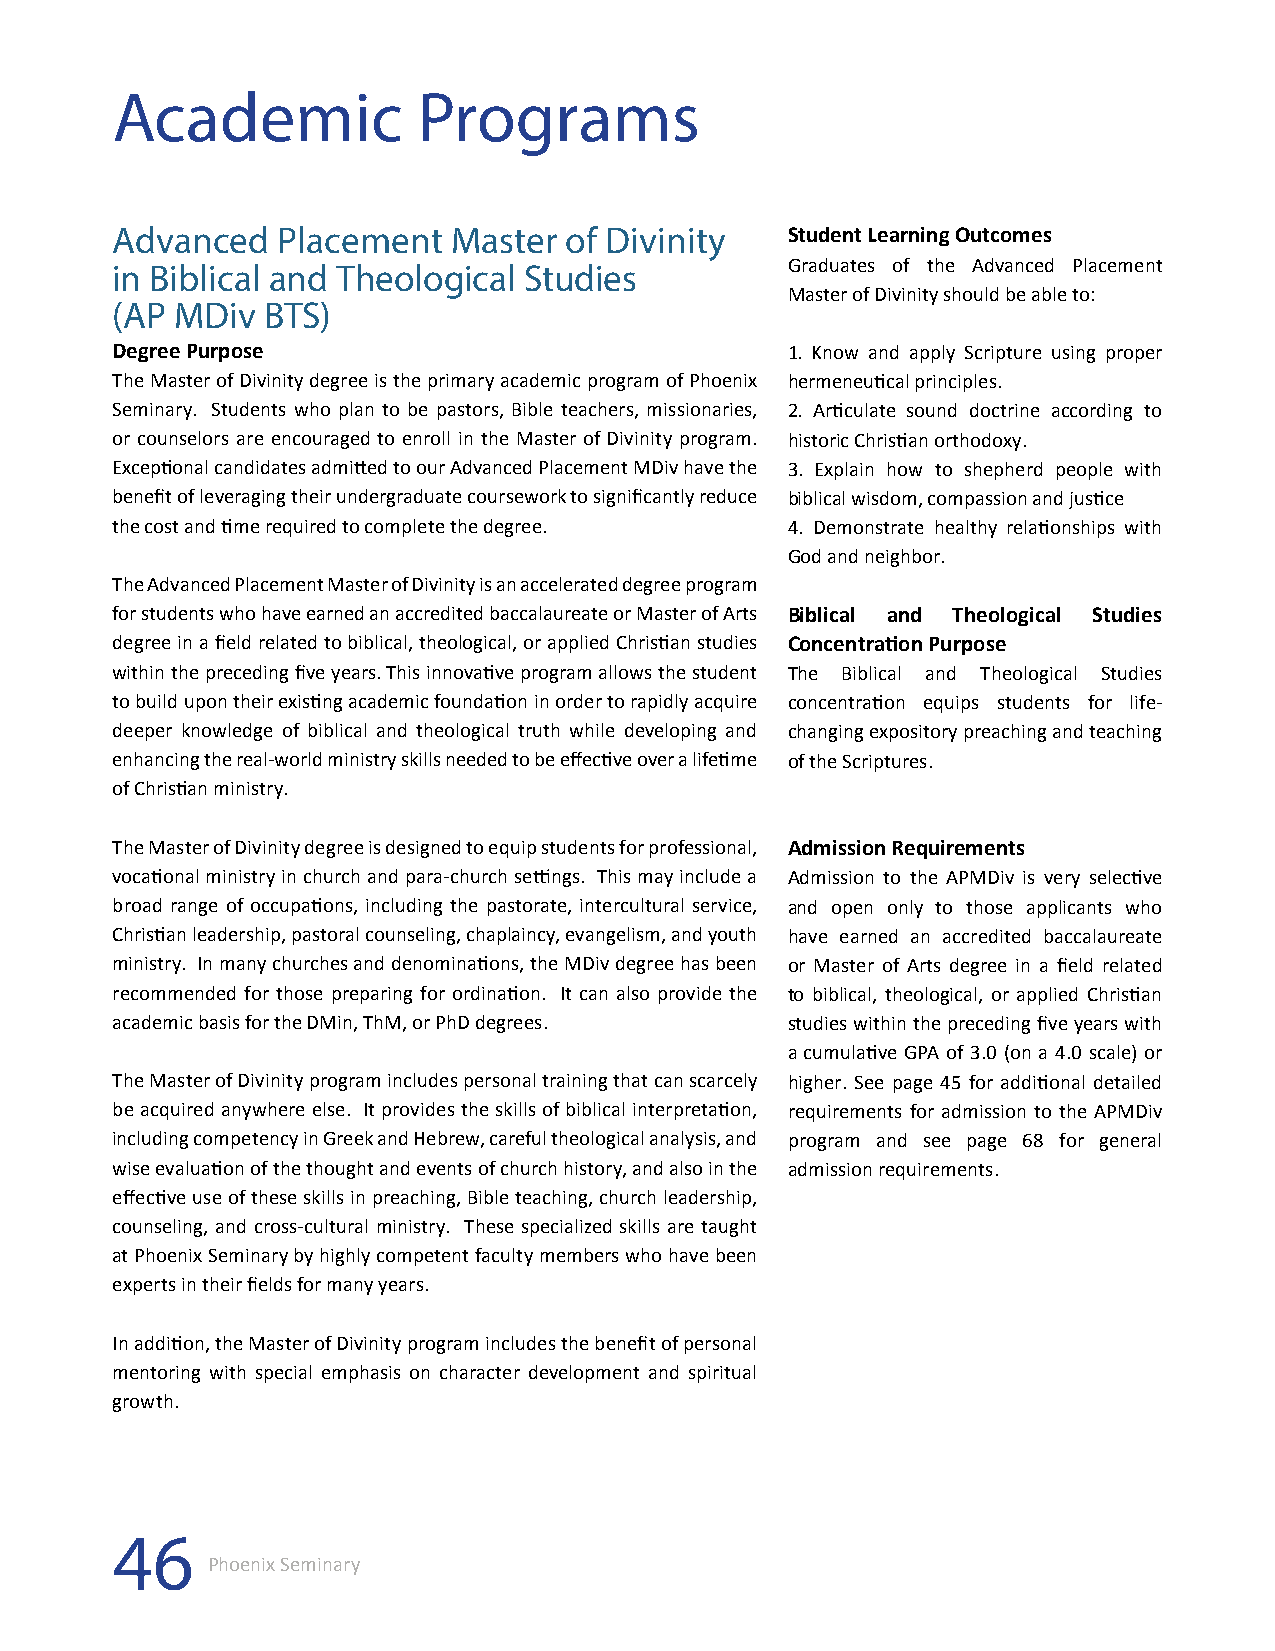
Academic             Programs
 Advanced   Placement   Master of Divinity    Student Learning Outcomes
 in Biblical and Theological Studies          Graduates of the Advanced Placement
 Master of Divinity should be able to:
 (AP  MDiv BTS)
 Degree Purpose                               1. Know and apply Scripture using proper
 The Master of Divinity degree is the primary academic program of Phoenix hermeneutical principles.
 Seminary. Students who plan to be pastors, Bible teachers, missionaries, 2. Articulate sound doctrine according to
 or counselors are encouraged to enroll in the Master of Divinity program. historic Christian orthodoxy.
 Exceptional candidates admitted to our Advanced Placement MDiv have the 3. Explain how to shepherd people with
 benefit of leveraging their undergraduate coursework to significantly reduce biblical wisdom, compassion and justice
 the cost and time required to complete the degree. 4. Demonstrate healthy relationships with
 God and neighbor.
 The Advanced Placement Master of Divinity is an accelerated degree program
 for students who have earned an accredited baccalaureate or Master of Arts Biblical and Theological Studies
 degree in a field related to biblical, theological, or applied Christian studies Concentration Purpose
 within the preceding five years. This innovative program allows the student The Biblical and Theological Studies
 to build upon their existing academic foundation in order to rapidly acquire concentration equips students for life-
 deeper knowledge of biblical and theological truth while developing and changing expository preaching and teaching
 enhancing the real-world ministry skills needed to be effective over a lifetime of the Scriptures.
 of Christian ministry.
 The Master of Divinity degree is designed to equip students for professional, Admission Requirements
 vocational ministry in church and para-church settings. This may include a Admission to the APMDiv is very selective
 broad range of occupations, including the pastorate, intercultural service, and open only to those applicants who
 Christian leadership, pastoral counseling, chaplaincy, evangelism, and youth have earned an accredited baccalaureate
 ministry. In many churches and denominations, the MDiv degree has been or Master of Arts degree in a field related
 recommended for those preparing for ordination. It can also provide the to biblical, theological, or applied Christian
 academic basis for the DMin, ThM, or PhD degrees. studies within the preceding five years with
 a cumulative GPA of 3.0 (on a 4.0 scale) or
 The Master of Divinity program includes personal training that can scarcely higher. See page 45 for additional detailed
 be acquired anywhere else. It provides the skills of biblical interpretation, requirements for admission to the APMDiv
 including competency in Greek and Hebrew, careful theological analysis, and program and see page 68 for general
 wise evaluation of the thought and events of church history, and also in the admission requirements.
 effective use of these skills in preaching, Bible teaching, church leadership,
 counseling, and cross-cultural ministry. These specialized skills are taught
 at Phoenix Seminary by highly competent faculty members who have been
 experts in their fields for many years.
 In addition, the Master of Divinity program includes the benefit of personal
 mentoring with special emphasis on character development and spiritual
 growth.
 46
 Phoenix Seminary